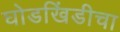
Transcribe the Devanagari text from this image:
घोडखिंडीचा